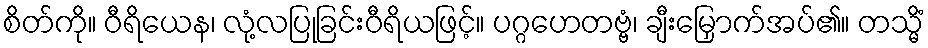
စိတ်ကို။ ဝီရိယေန၊ လုံ့လပြုခြင်းဝီရိယဖြင့်။ ပဂ္ဂဟေတဗ္ဗံ၊ ချီးမြှောက်အပ်၏။ တသ္မိံ